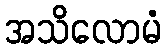
အသိလောမံ